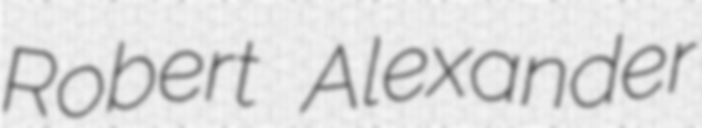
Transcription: Robert Alexander